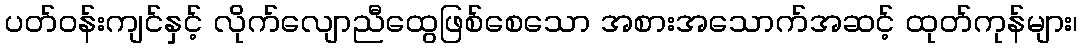
ပတ်ဝန်းကျင်နှင့် လိုက်လျောညီထွေဖြစ်စေသော အစားအသောက်အဆင့် ထုတ်ကုန်များ၊